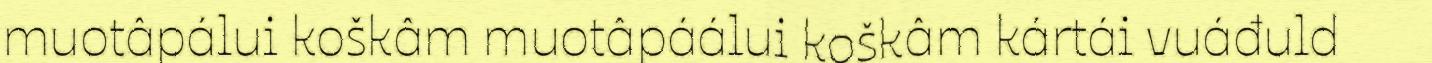
muotâpálui koškâm muotâpáálui koškâm kártái vuáđuld